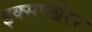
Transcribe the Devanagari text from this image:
इक्सप्लोरर